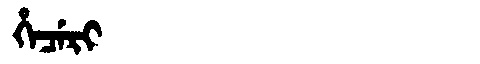
Manchu: ᡥᡝᠴᡝᡵᡳ
Romanization: HECERI